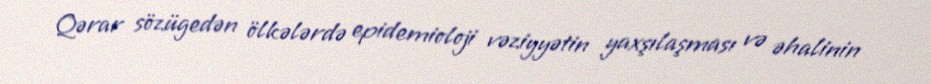
Qərar sözügedən ölkələrdə epidemioloji vəziyyətin yaxşılaşması və əhalinin